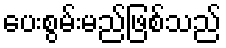
ပေးစွမ်းမည်ဖြစ်သည်